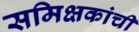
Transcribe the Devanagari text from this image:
समिक्षकांची